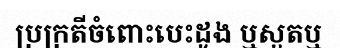
ប្រក្រតីចំពោះបេះដូង ឬសួតឬ